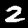
Digit: 2